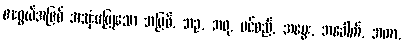
စားဖွယ်အဖြစ် အသုံးမပြုသော အမြစ်, အဥ, အဖု, ပင်စည်, အပွေး, အခေါက်, အကာ,